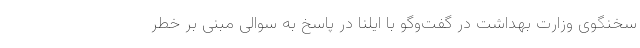
سخنگوی وزارت بهداشت در گفت‌وگو با ایلنا در پاسخ به سوالی مبنی بر خطر